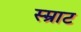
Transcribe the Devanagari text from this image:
स्म्राट